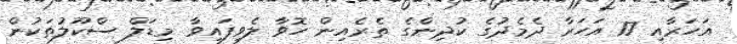
އަހަރާއި 17 އަހަރާ ދެމެދުގެ ކުދިންގެ ތެރެއިން ހޮވާ ލެވިފައިވާ މިޑަލް ސްކޫލުތަކުން